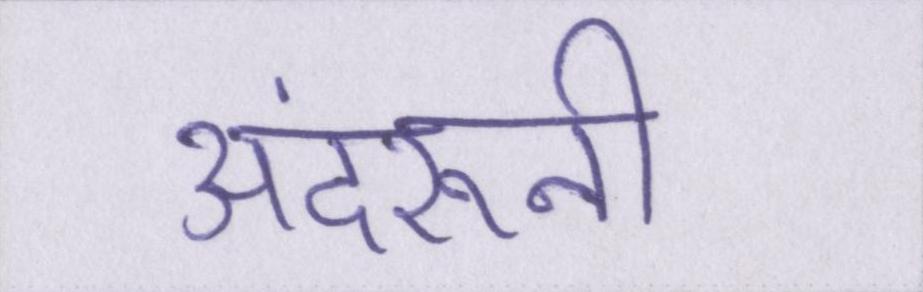
अंदरूनी